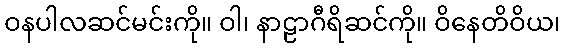
ဝနပါလဆင်မင်းကို။ ဝါ၊ နာဠာဂီရိဆင်ကို။ ဝိနေတိဝိယ၊